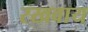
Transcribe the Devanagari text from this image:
रखवाय